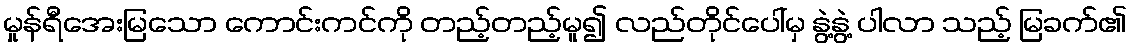
မှုန်ရီအေးမြသော ကောင်းကင်ကို တည့်တည့်မူ၍ လည်တိုင်ပေါ်မှ နွဲ့နွဲ့ ပါလာ သည့် မြခက်၏